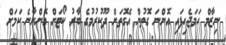
ނިޒާމް ހަމަޖެހިފައި އޮންނަ ގޮތުން އެގޮތަށް ދޫކުރުމުގެ ބާރު ކޯޓަށް އޮންނާނެ ކަމަށް